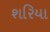
શરિયા